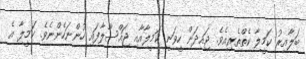
ބަލާއިރު ކަމީލާ ކެތްތެރިއެވެ. ޖައިދަން ހީވަނީ ކަމީލާއާއި ޖައްސާލާފައި ހުންނަހެންނެވެ. ކަމީލާ އެ